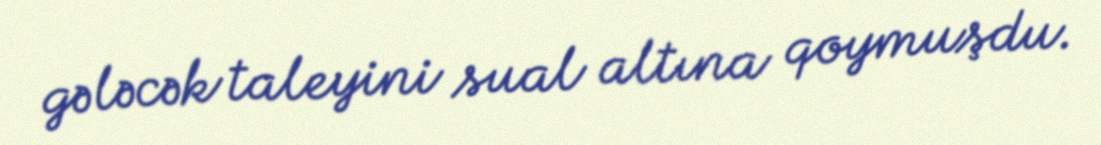
gələcək taleyini sual altına qoymuşdu.